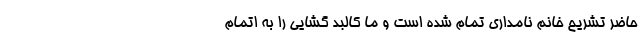
حاضر تشریح خانم نامداری تمام شده است و ما کالبد گشایی را به اتمام